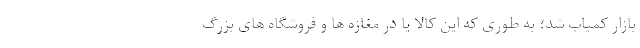
بازار کمیاب شد؛ به طوری که این کالا یا در مغازه ها و فروشگاه های بزرگ